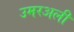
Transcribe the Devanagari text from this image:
उमरअली